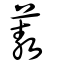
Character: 蔜